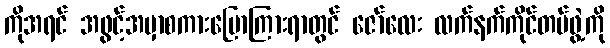
ကိုအရင် အဖွင့်အမှာစကားပြောကြားရာတွင် ဇော်လေး လက်နက်ကိုင်တပ်ဖွဲ့ကို